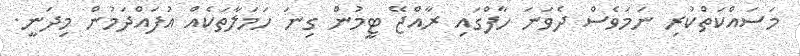
މަސައްކަތްކުރި ނަމަވެސް ދެވަނަ ހާފްގައި ރާއްޖޭ ޓީމުން ގިނަ ހަމަލާތަކެއް އުފައްދަމުން މިދަނީ.